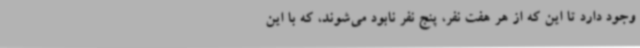
وجود دارد تا این که از هر هفت نفر، پنج نفر نابود می‌شوند، که با این